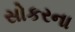
સોકરના